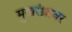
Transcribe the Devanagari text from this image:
मुखरंध्रावर